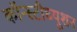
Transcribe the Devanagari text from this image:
कॉन्स्टीच्यूशन